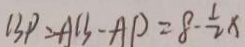
1 3 P = A B - A P = 8 - \frac { 1 } { 2 } x